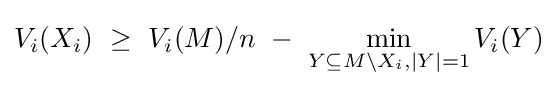
V_{i}(X_{i})~\geq ~V_{i}(M)/n~-~\min _{Y\subseteq M\setminus X_{i},|Y|=1}V_{i}(Y)